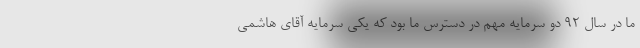
ما در سال ۹۲ دو سرمایه مهم در دسترس ما بود که یکی سرمایه آقای هاشمی